Civil Veterinary Department Bihar reports 1940-50 - 1940-1950
Year: 1940
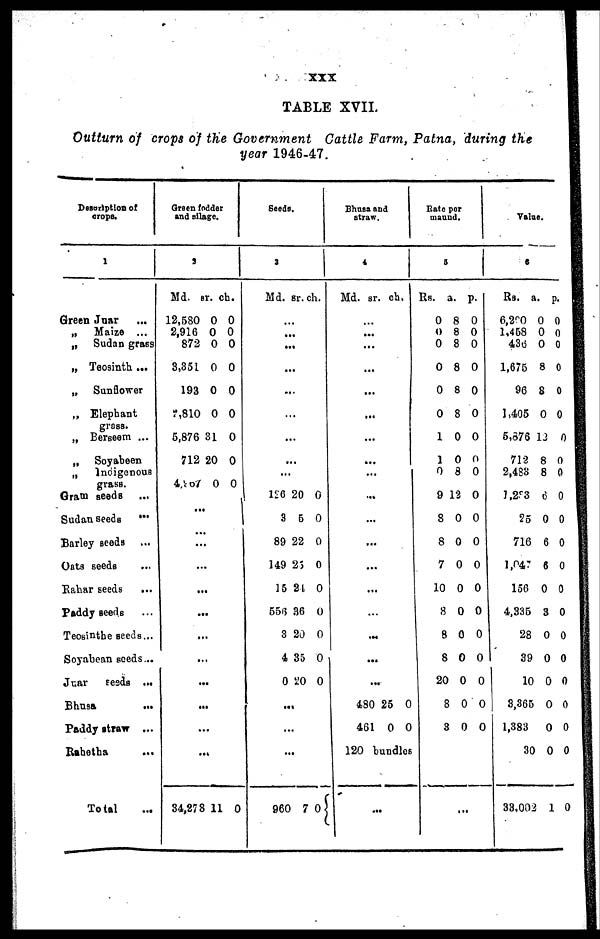
XXX
TABLE XVII.
Outturn of crops of the Government Cattle Farm, Patna, during the
year 1946-47.
Description of
crops.
1
Green Juar ...
„ Maize ...
„ Sudan grass
„ Teosinth ...
„ Sunflower
„ Elephant
grass.
„ Berseem ...
„ Soyabeen
„
Indigenous
grass.
Gram seeds ...
Sudan seeds
...
Barley seeds ...
Oats seeds
Rahar seeds ...
Paddy seeds ...
Teosinthe seeds ...
Soyabean seeds ...
Juar
seeds ...
Bhusa
...
Paddy straw ...
Rahetha ...
Total ...
Green fodder
and silage.
3
Md.
12,580
2,916
872
3,351
193
7,810
5,876
712
4,907
...
::
..
..
...
..
..
..
.
.
.
34,278
sr.
0
0
0
0
0
0
31
20
0
:
.
.
.
.
.
..
..
..
11
ch.
0
0
0
0
0
0
0
0
0
0
Seeds.
3
Md.
...
...
.
.
.
...
.
...
..
126
3
89
149
15
556
3
4
0
...
..
.
960
sr.
..
..
..
..
.
20
5
22
26
24
36
20
35
20
.
..
7
ch.
0
0
0
0
0
0
0
0
0
0
Bhusa and
straw.
4
Md.
...
...
...
...
...
...
...
...
...
...
...
...
...
...
...
...
...
...
480
461
sr.
25
0
ch.
0
0
120 bundles
...
Rate per
maund.
5
Rs.
0
0
0
0
0
0
1
1
0
9
8
8
7
10
8
8
8
20
8
3
a.
8
8
8
8
8
8
0
0
8
12
0
0
0
0
0
0
0
0
0
0
...
p.
0
0
0
0
0
0
0
0
0
0
0
0
0
0
0
0
0
0
0
0
Value.
6
Rs.
6,200
1,458
436
1,675
96
1,405
5,376
712
2,483
1,283
25
716
1,047
156
4,335
28
39
10
3,365
1,383
30
33,002
a.
0
0
0
8
8
0
13
8
8
6
0
6
6
0
3
0
0
0
0
0
0
1
p.
0
0
0
0
0
0
0
0
0
0
0
0
0
0
0
0
0
0
0
0
0
0